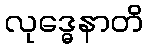
လုဒ္ဓေနာတိ